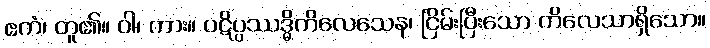
ဧကံ၊ တူ၏။ ဝါ၊ ကား။ ပဋိပ္ပဿဒ္ဓိကိလေသေန၊ ငြိမ်းပြီးသော ကိလေသာရှိသော။